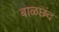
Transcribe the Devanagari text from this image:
बाळछंद